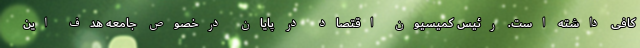
کافی داشته است. رئیس کمیسیون اقتصاد در پایان درخصوص جامعه هدف این